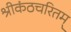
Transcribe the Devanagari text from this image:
श्रीकंठचरितम्‌